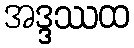
အဒ္ဒဿထ